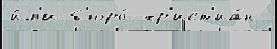
и́л'и б'юро́ хр'ист'иа́н